38_143685_box_Incident_Summaries_101-172
Agency: Department of War
Page 40
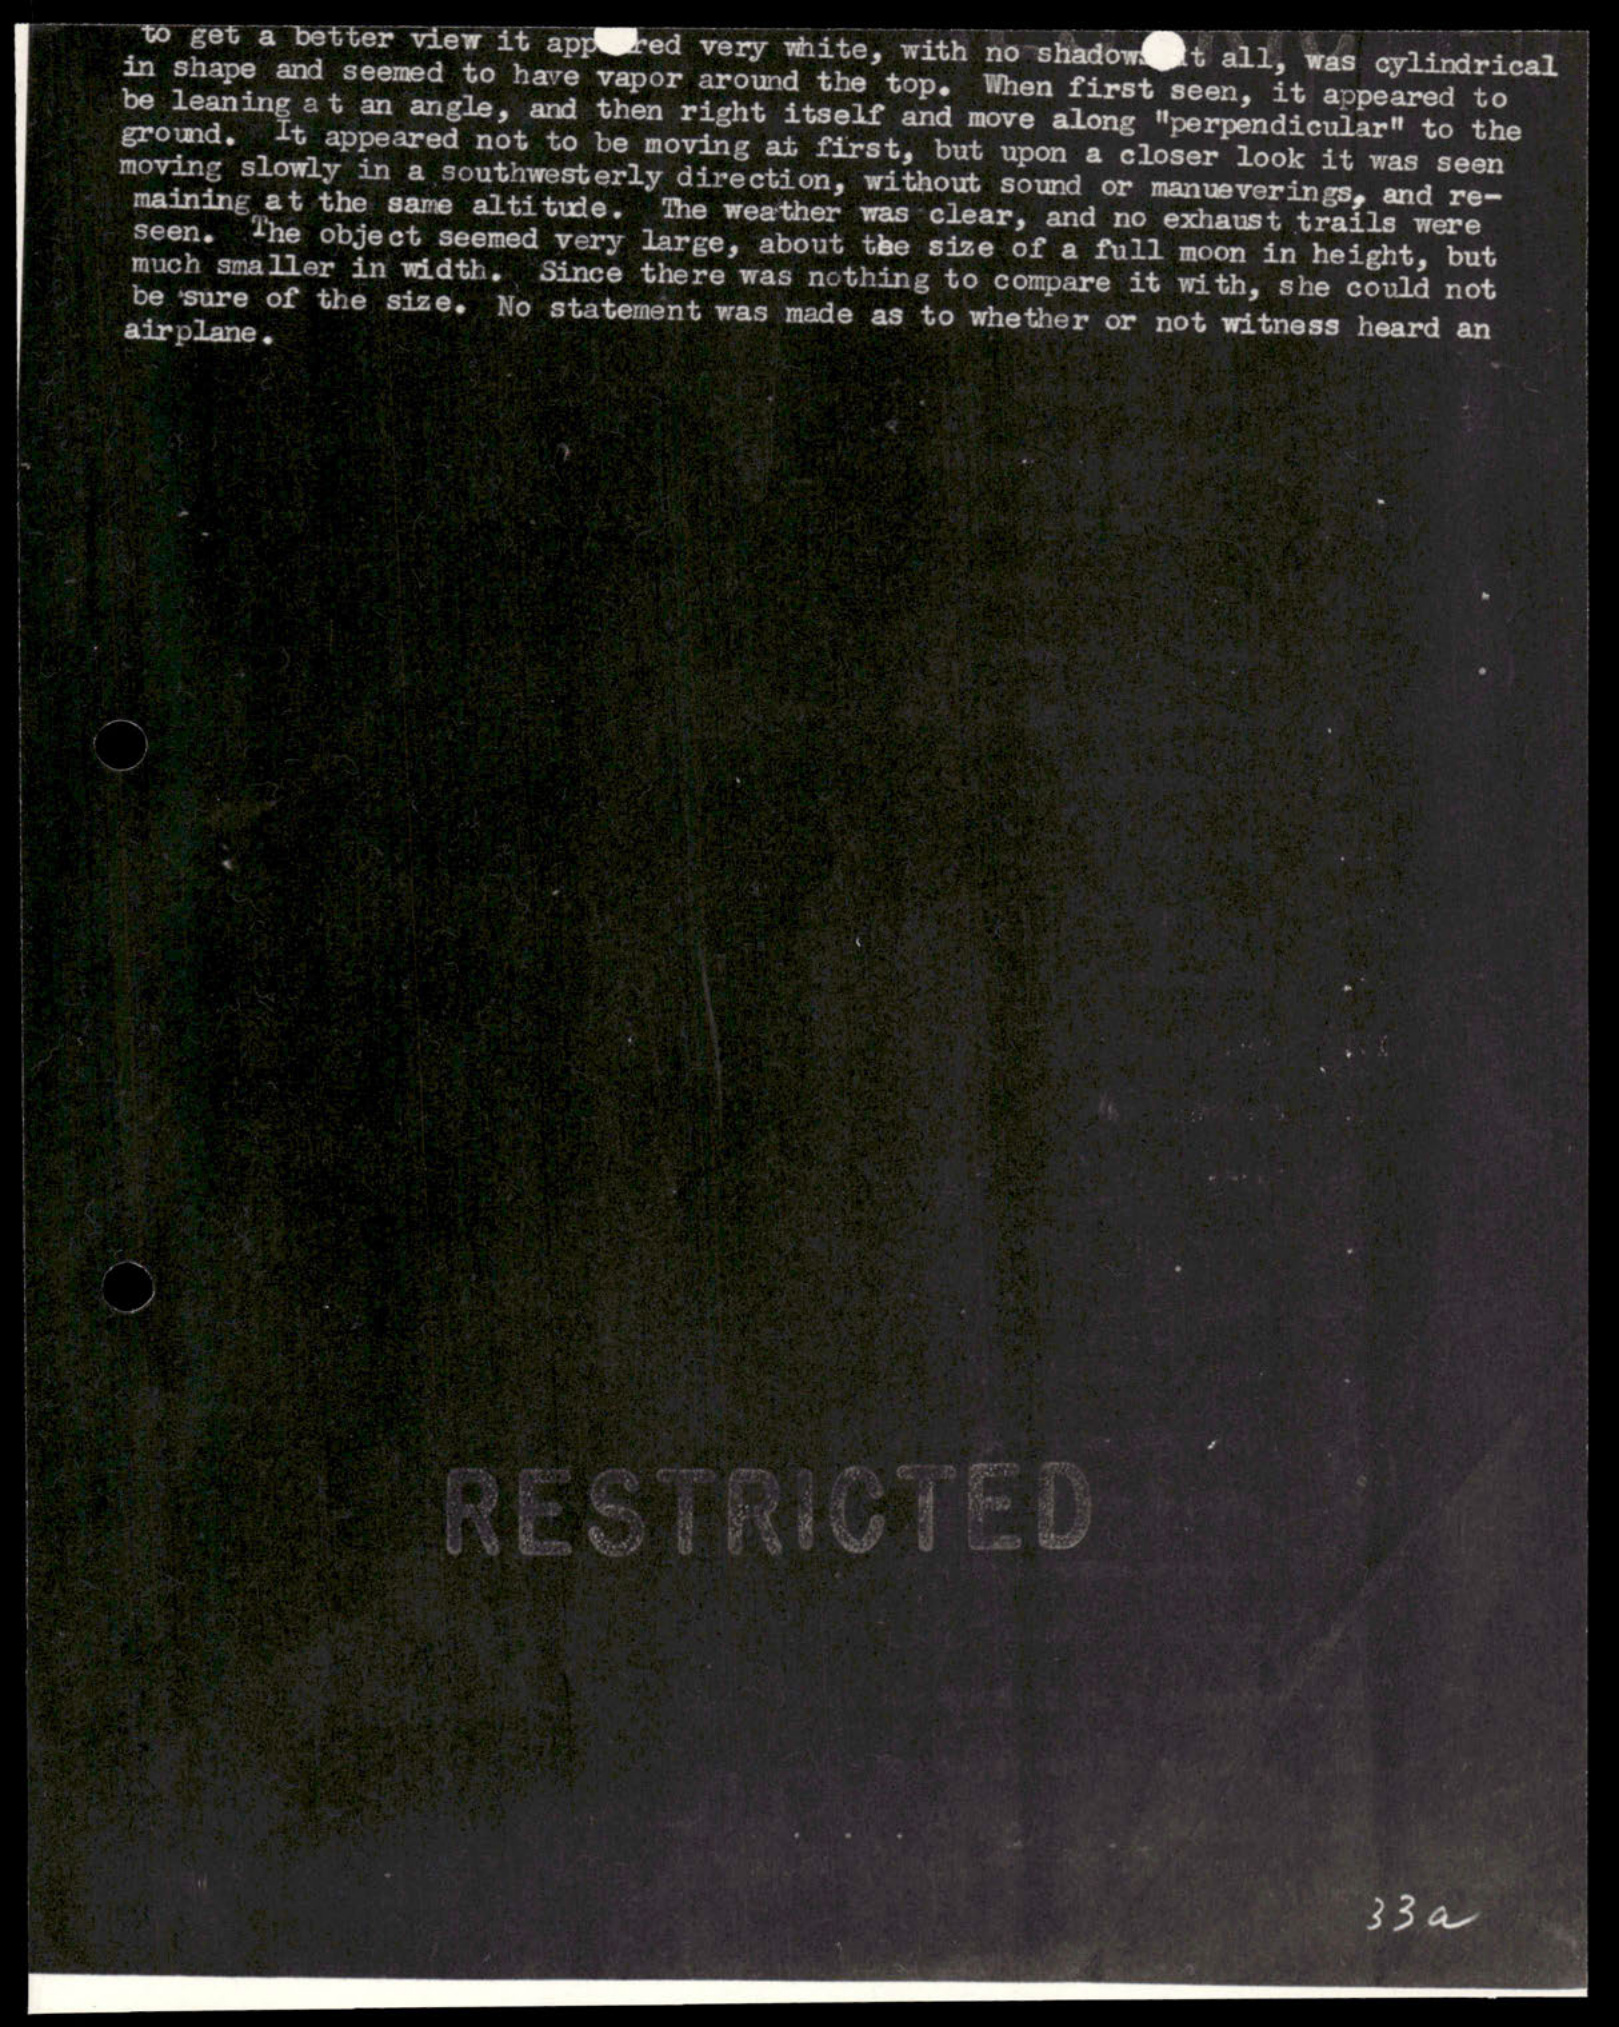